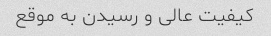
کیفیت عالی و رسیدن به موقع